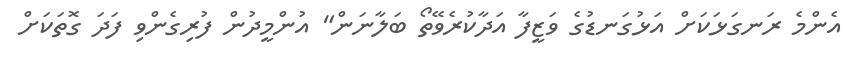
އެންމެ ރަނގަޅަކަށް އަޅުގަނޑުގެ ވަޒީފާ އަދާކުރެވޭތޯ ބަލާނަން" އުންމީދުން ފުރިގެންވި ފަދަ ގޮތަކަށް